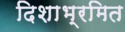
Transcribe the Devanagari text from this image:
दिशाभ्रमित